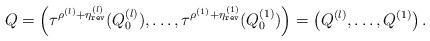
LaTeX: \begin{align*}Q&=\left(\tau^{\rho^{(l)}+\eta^{(l)}_{\tt rev}}(Q^{(l)}_0),\dots,\tau^{\rho^{(1)}+\eta^{(1)}_{\tt rev}}(Q^{(1)}_0)\right)=\left(Q^{(l)},\dots,Q^{(1)} \right).\end{align*}